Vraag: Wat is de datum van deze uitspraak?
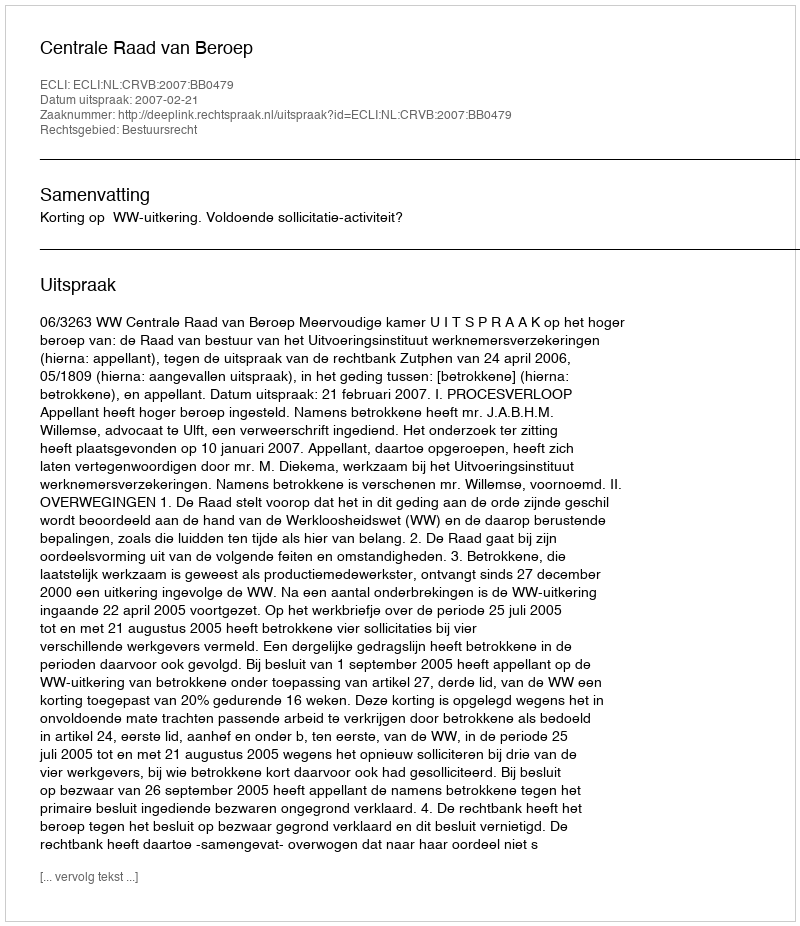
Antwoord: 2007-02-21